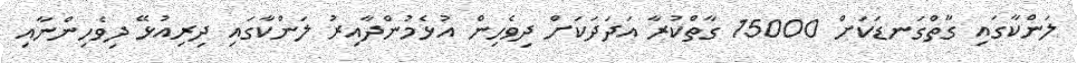
ލަންކާގައި ގާތްގަނޑަކަށް 15000 ގާތްކުރާ އަދަދަކަށް ދިވެހިން އުޅެމުންދާއިރު ލަންކާގައި ދިރިއުޅޭ ދިވެހިންނާއި